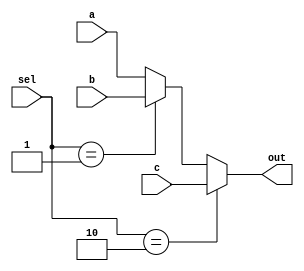
module MUX3to1 (
    input [31:0] a,
    input [31:0] b,
    input [31:0] c,
    input [1:0] sel,
    output [31:0] out
);

    assign out = sel == 2'b10 ? c :
                 sel == 2'b01 ? b : a;
    
endmodule